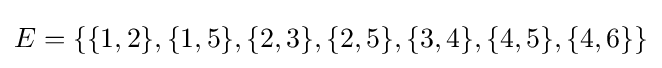
E=\{\{1,2\},\{1,5\},\{2,3\},\{2,5\},\{3,4\},\{4,5\},\{4,6\}\}